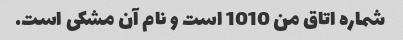
شماره اتاق من 1010 است و نام آن مشکی است.